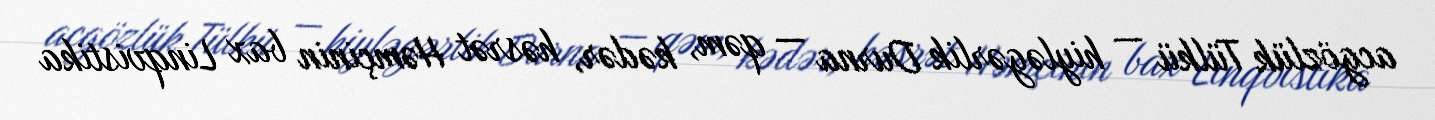
acgözlük Tülkü — hiyləgərlik Durna — qəm, kədər, həsrət Həmçinin bax Linqvistika